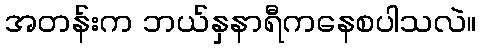
အတန်းက ဘယ်နှနာရီကနေစပါသလဲ။